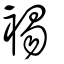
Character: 裼